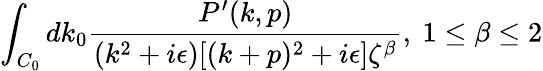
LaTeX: \int_{C_{0}}dk_{0}{\frac{P^{\prime}(k,p)}{(k^{2}+i\epsilon)[(k+p)^{2}+i\epsilon]\zeta^{\beta}}},\ 1\leq\beta\leq 2